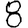
Digit: 8